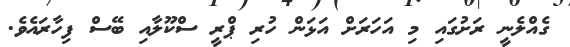
ގެއްލެނީ ރަށުގައި މި އަހަރަށް އަޅަން ހުރި ޕްރީ ސްކޫލާއި ބޭސް ފިހާރައެވެ.